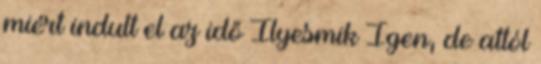
miért indult el az idő Ilyesmik Igen, de attól